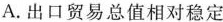
A.出口贸易总值相对稳定